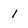
Character: 1